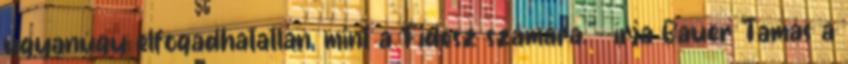
ugyanúgy elfogadhatatlan, mint a Fidesz számára."--írja Bauer Tamás a